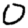
Digit: 0